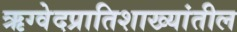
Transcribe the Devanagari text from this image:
ऋग्वेदप्रातिशाख्यांतील